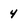
Character: 4